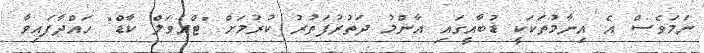
ނަމަވެސް އެ އިނާމުތަކަކީ ޑުބާއީގައި އާންމު ދަތުރުފަތުރު ކުރުމަށް "ޓްރެވަލް ކާޑް" ހައްދާފައިވާ